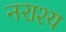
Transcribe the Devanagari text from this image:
नराश्य